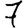
Digit: 7